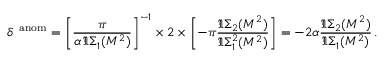
\delta ^ { \, \mathrm { \scriptsize ~ a n o m } } = \left[ \frac { \pi } { \alpha \, \Im \Sigma _ { 1 } ( M ^ { 2 } ) } \right] ^ { - 1 } \times 2 \times \left[ - \pi \frac { \Im \Sigma _ { 2 } ( M ^ { 2 } ) } { \Im \Sigma _ { 1 } ^ { 2 } ( M ^ { 2 } ) } \right] = - 2 \alpha \frac { \Im \Sigma _ { 2 } ( M ^ { 2 } ) } { \Im \Sigma _ { 1 } ( M ^ { 2 } ) } \, .